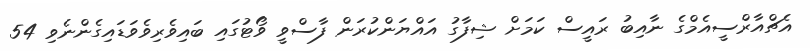
އެޗްއާރްސީއެމްގެ ނާއިބު ރައީސް ކަމަށް ޝިފާގު އައްޔަންކުރަން ފާސްވީ ވޯޓުގައި ބައިވެެރިވެވަޑައިގެންނެވި 54